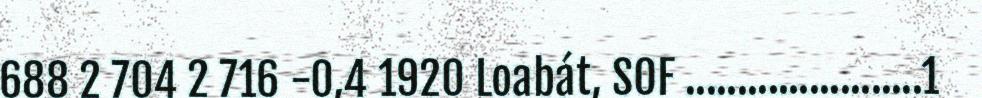
688 2 704 2 716 -0,4 1920 Loabát, SOF .......................1